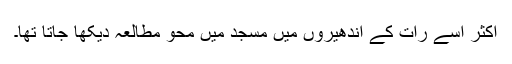
اکثر اُسے رات کے اندھیروں میں مسجد میں محو مطالعہ دیکھا جاتا تھا۔